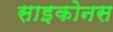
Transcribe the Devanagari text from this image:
साइकोनस